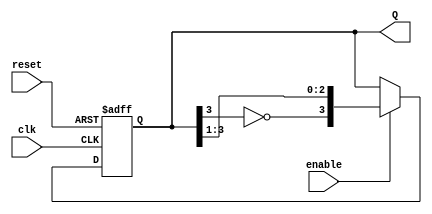
module johnson_counter (
    input wire clk,           // Clock input
    input wire reset,         // Asynchronous reset
    input wire enable,        // Enable input
    output reg [3:0] Q        // 4-bit output representing the counter state
);

// Sequential logic to implement the Johnson counter
always @(posedge clk or posedge reset) begin
    if (reset) begin
        Q <= 4'b0000; // Asynchronous reset to 0000
    end else if (enable) begin
        Q <= {~Q[3], Q[3:1]}; // Shift and feed back inverted output of Q3
    end
end

endmodule